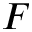
F